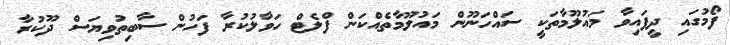
ފޯމުގައި ދީފައިވާ މައުލޫމާތަކީ ސައްހަނޫން މައުލޫމާތެއްކަން ފްލެޓް ހަވާލުކުރާ ފަހުން ސާބިތުވިޔަސް ދޫކުރާ